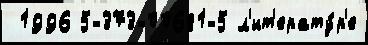
 1996 5-373-00681-5 л'ит'ерату́р'е